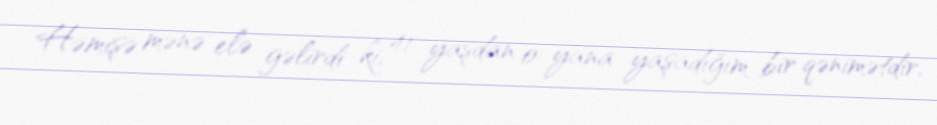
Həmişə mənə elə gəlirdi ki, 41 yaşdan o yana yaşadığım bir qənimətdir,